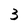
Character: 3